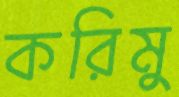
করিমু